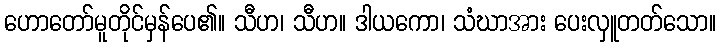
ဟောတော်မူတိုင်မှန်ပေ၏။ သီဟ၊ သီဟ။ ဒါယကော၊ သံဃာအား ပေးလှူတတ်သော။